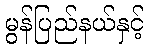
မွန်ပြည်နယ်နှင့်